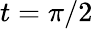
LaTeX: t=\pi/2